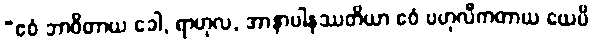
“ဧဝံ ဘာဝိတာယ ခေါ, ရာဟုလ, အာနာပါနဿတိယာ ဧဝံ ဗဟုလီကတာယ ယေပိ